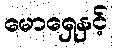
မောရှေနှင့်